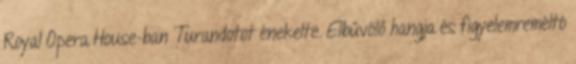
Royal Opera House-ban Turandotot énekelte. Elbűvölő hangja és figyelemreméltó